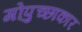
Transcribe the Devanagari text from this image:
गोपुच्छाकार